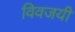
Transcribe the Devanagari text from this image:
विवजयी